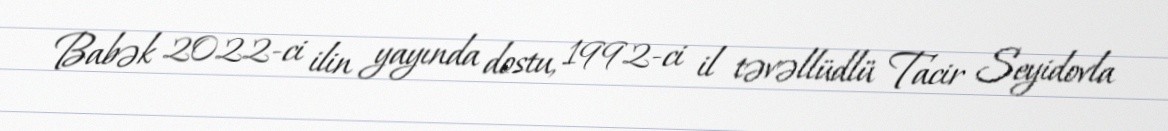
Babək 2022-ci ilin yayında dostu, 1992-ci il təvəllüdlü Tacir Seyidovla